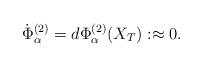
LaTeX: \begin{align*}\dot{\Phi}^{(2)}_{\alpha}=d\Phi^{(2)}_{\alpha}(X_{T}):\approx0.\end{align*}